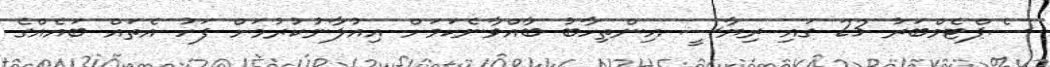
ސެޕްޓެމްބަރު 23 ގައި ރިޔާސީ އިންތިހާބު ބާއްވާނެކަމަށް އިއުލާނުކުރުމަށް ފަހު އެތައް ބައެއްގެ